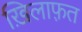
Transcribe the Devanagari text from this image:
ख़िलाफ़़त